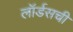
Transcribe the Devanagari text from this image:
लॉर्डसची